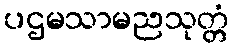
ပဌမသာမညသုတ္တံ